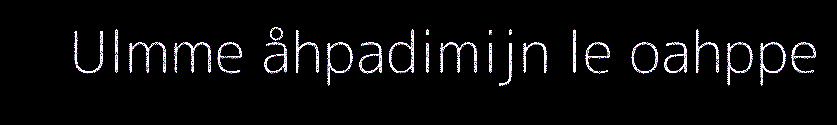
Ulmme åhpadimijn le oahppe